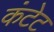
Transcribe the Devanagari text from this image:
कंटेट